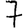
Digit: 7